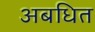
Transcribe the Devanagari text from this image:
अबधित